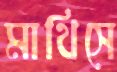
মাথিসে